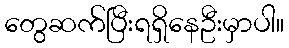
တွေဆက်ပြီးရရှိနေဦးမှာပါ။